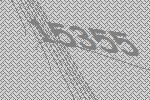
15355